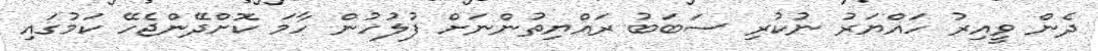
ދެން ވީއިރު ހައްޔަރު ނުކުރި ސަބަބު ރައްޔިތުންނަށް ފުލުހުން ހާމަ ކޮށްދޭންޖެހޭ ކަމުގައި